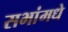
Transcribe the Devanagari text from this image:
सभांमधे